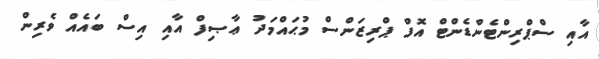
އާއި ސްޕްރިންޓެންޑެންޓް އޮފް ޕްރިޒަންސް މުޙައްމަދު ޢާޞިފް އާއި އިސް ބައެއް ވެރިން